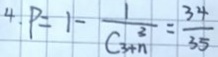
4 . P = 1 - \frac { 1 } { C _ { 3 + n } ^ { 3 } } = \frac { 3 4 } { 3 5 }